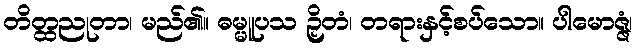
တိတ္ထညုတာ၊ မည်၏။ ဓမ္မူပသ ဉှိတံ၊ တရားနှင့်စပ်သော။ ပါမောဇ္ဇံ၊